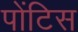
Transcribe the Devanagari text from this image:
पोंटिस